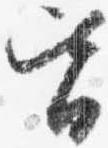
皆